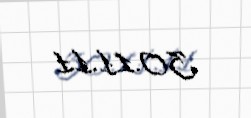
30.11.11